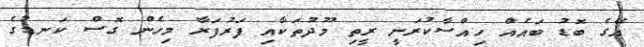
އޭގެ ބޮޑު ބައެއް ހިއްސާކުރަނީ ރީތި މޫދުތަކާއި ފަރުފަރާ މިހެން ގޮސް ކަނޑުގެ